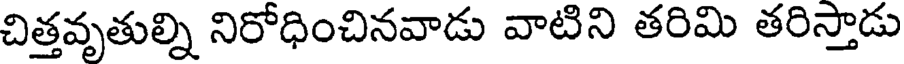
చిత్తవృతుల్ని నిరోధించినవాడు వాటిని తరిమి తరిస్తాడు